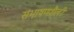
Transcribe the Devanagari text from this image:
संभाषणशैली